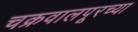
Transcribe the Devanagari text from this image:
चक्रवालपूरच्या